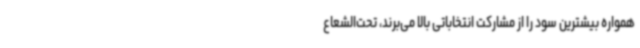
همواره بیشترین سود را از مشارکت انتخاباتی بالا می‌برند، تحت‌الشعاع